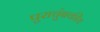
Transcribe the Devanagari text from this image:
पुराचुंबकीय